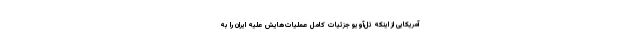
آمریکایی از اینکه تل‌آویو جزئیات کامل عملیات‌هایش علیه ایران را به